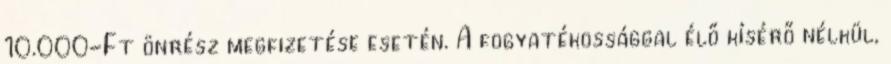
10.000-Ft önrész megfizetése esetén. A fogyatékossággal élő kísérő nélkül,